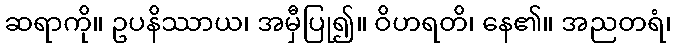
ဆရာကို။ ဥပနိဿာယ၊ အမှီပြု၍။ ဝိဟရတိ၊ နေ၏။ အညတရံ၊